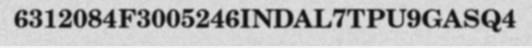
6312084F3005246INDAL7TPU9GASQ4